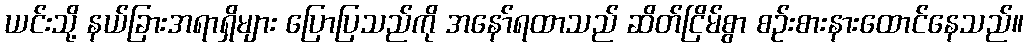
ယင်းသို့ နယ်ခြားအရာရှိများ ပြောပြသည်ကို အနော်ရထာသည် ဆိတ်ငြိမ်စွာ စဉ်းစားနားထောင်နေသည်။